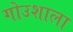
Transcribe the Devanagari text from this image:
गोउशाला